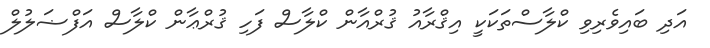
އަދި ބައިވެރިވި ކްލާސްތަކަކީ އިޤްރާއު ޤުރްއާން ކްލާސް ފަހި ޤުރްޢާން ކްލާސް އަފްޟަލުލް